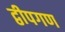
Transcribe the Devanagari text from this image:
द्वीपगण